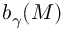
b _ { \gamma } ( M )